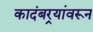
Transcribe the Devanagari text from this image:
कादंबर्‍यांवरून